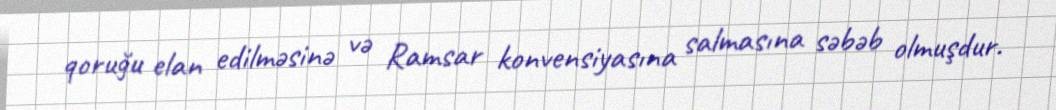
qoruğu elan edilməsinə və Ramsar konvensiyasına salmasına səbəb olmuşdur.